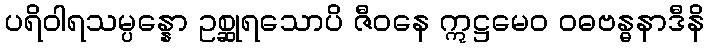
ပရိဝါရသမ္ပန္နော ဥစ္ဆုရသောပိ ဇီဝနေ ဣဋ္ဌမေဝ ဝဓဗန္ဓနာဒီနိ